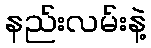
နည်းလမ်းနဲ့